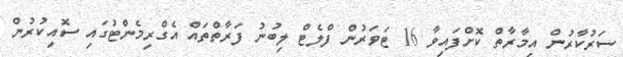
ސަރުކާރުން އިމާރާތް ކޮށްފައިވާ 16 ޓަވަރުން ފްލެޓް ލިބުނު ފަރާތްތައް އެގްރިމެންޓުގައި ސޮއިކުރުން